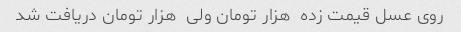
روی عسل قیمت زده  هزار تومان ولی  هزار تومان دریافت شد